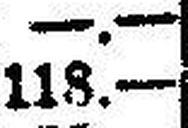
118.—